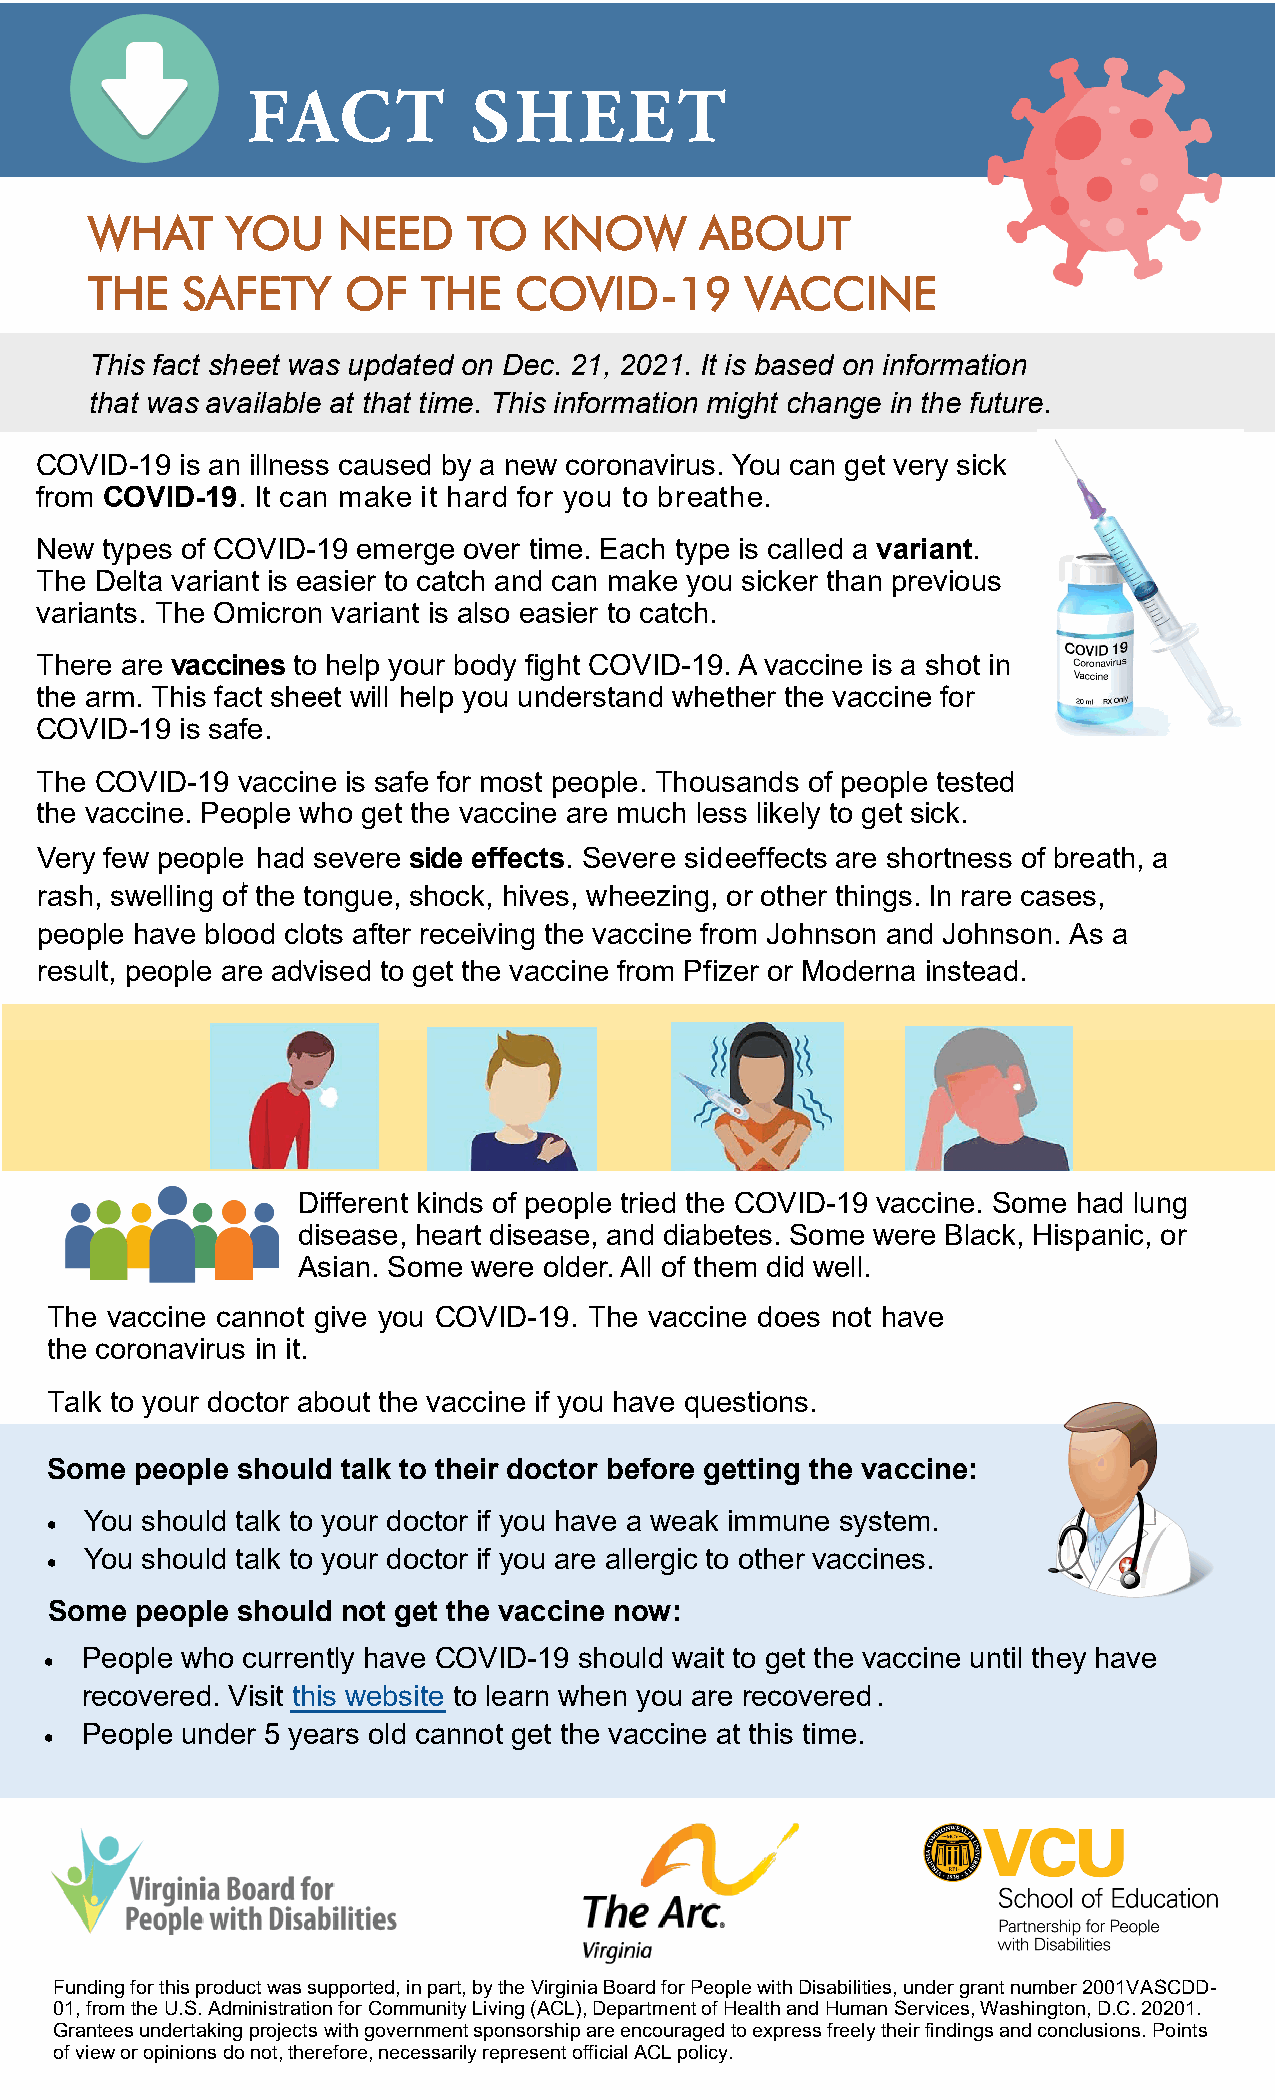
WHAT     YOU    NEED     TO   KNOW      ABOUT
 THE   SAFETY     OF   THE   COVID-19       VACCINE
 Th is fa ct she et wa s updated on Dec. 2 1, 2 021. I t i s b ased on i nformation
 that wa s a vail able a t tha t time. This inform ation mi gh t ch ange in the future.
 COVID-19  is an illness caused by a new coronavirus. You can get very sick
 from COVID-19. It can make it hard for you to breat he.
 New  types of COVI D-1 9 em erge over time . Each type is called a v ariant.
 The Delta variant is easier to catch and can make you sicker than previous
 variants. The Omicron variant is also easier to catch.
 There are vaccines to help your body fight COVID-19. A vaccine is a shot in
 the arm. This fact sheet w ill he lp you un derstan d whether th e vaccine for
 COVID-19  is safe.
 The COVID-19  vaccine is safe for most people. Thousands of people tested
 the vaccine. Peo ple who get the vaccine are much less likely to get sick.
 Very few people had severe side effects. Severe sideeffects are shortness of breath, a
 rash, swelling of the tongue, shock, hives, wheezing, or other things. In rare cases,
 people have blood clots after receiving the vaccine from Johnson and Johnson. As a
 result, people are advised to get the vaccine from Pfizer or Moderna instead.
 Different kinds of people tried the COVID-19 vaccine. Some had lung
 disease, heart disease, and diabetes. Some were Black, Hispanic, or
 Asian. Some were older. All of them did well.
 The vaccine cannot giv e yo u COVID - 19. The vaccine doe s not have
 the coronavirus in it.
 Talk to your doctor about the vaccine if you have questions.
 Some  people sho ul d talk to thei r doctor before g etting the vacci n e:
 You should talk to your doctor if you have a weak immune system.
 
 You should talk to your doctor if you are allergic to other vaccines.
 
 Some  people should not get the vaccine now:
 People who currently have COVID-19 should wait to get the vaccine until they have
 
 recovered. Visit this website to learn when you are recovered .
  People under 5 years old cannot get the vaccine at this time.
 •   vcu
 Virginia Board for             The  Arc.                  School of Education
 People with Disabilities                                   Partnership for People
 Virginia                   with Disabilities
 Funding for this product was supported, in part, by the Virginia Board for People with Disabilities, under grant number 2001VASCDD-
 01, from the U.S. Administration for Community Living (ACL), Department of Health and Human Services, Washington, D.C. 20201.
 Grantees undertaking projects with government sponsorship are encouraged to express freely their findings and conclusions. Points
 of view or opinions do not, therefore, necessarily represent official ACL policy.